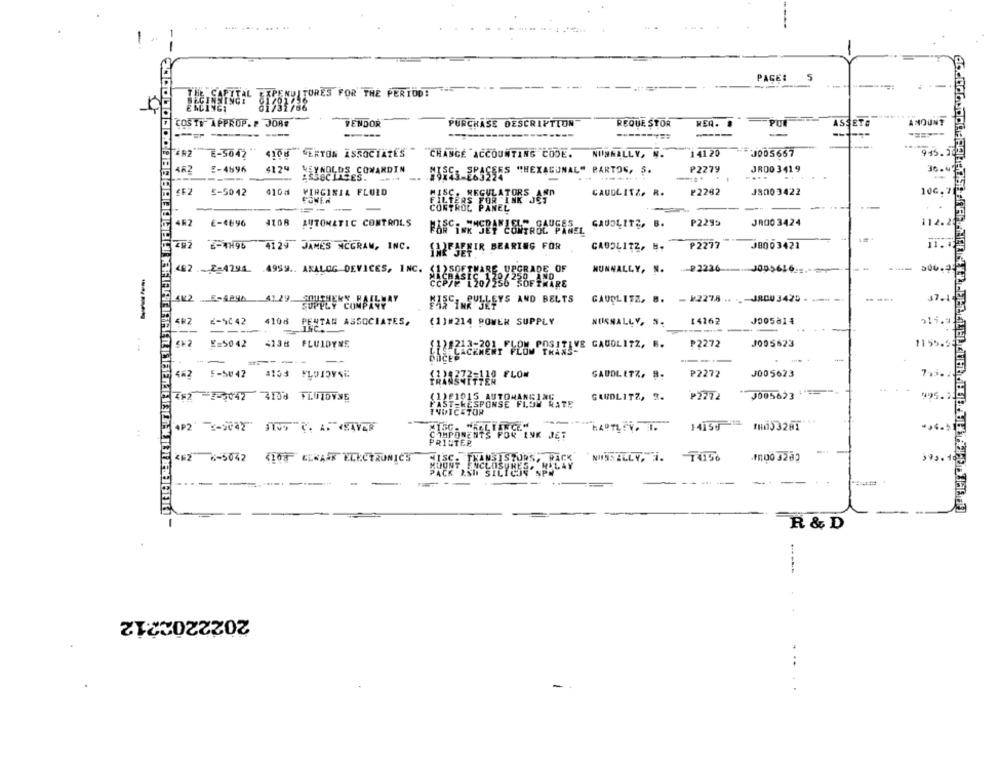
-
--
PAGE:
5
----
SICONELTURES FOR THE PERIOD!
1
COSIN APPROP. P JONG
VENDOR
REQUE STOR
PURCHASE DESCRIPTION
-----
-
62 E-5045 **
4108 VERTON ASSOCIATES " "CHANGE ACCOUNTING CODE.
NUNNALLY, N.
141 20
J005667
462 2-4596
4124
NEYNOLDS COWARDIN
₱2279
JR00 341 9
HARES SPASSES "HEXAGONAL" PARTOG, S.
...
----
-----
£E2 5-5042
410a
VIRGINIA FLULD
₽2282
J800 3422
CAUDLITZ. R.
-
----
4R2
JR00 3424
E-4896 4108 AUTOMATIC CONTROLS
GAU04172, 6.
₱2295
MERA CONTROL PANEL
₱2277
J8003421
Z82 2-7H90 4129 JAMES MCGRAW, INC.
LA2ESEFIR BEARING FOR
CABOLITZ, B.
492 -2-4791 4959. ANALOG DEVICES, INC.
NUNNALLY, N.
82236
--
GAUDLITZ, B. - 12278 .. .- J8003425 - --- -
SUPPLY COMPANY
FASCINPULLEYS AND BELTS
482 2-4042 4106 PENTAN ASSOCIATES,
(1)#214 POWER SUPPLY
14262
J005814
NUISNALLY, N.
E=5042 4138 FLUIDYNE
₱2272
J005623
S21212-201. FLOW POSITIVE GAUOLI72, B.
-
-
---
482 5-5042 #153 FLOIDYNC
GAUDLITZ. 8.
₽2272
J005623
1220272-110 FLOM
4#2 2-2042 4158 FLUTDYNE
(1)£1015 AUTOHANGING
GAUDLITZ, 3.
P2772
J005623
FAST RESPONSE FLOW RATE
INDICETOR
FLUG. "RELIANCEM
14150
COMPONENTS FOR INK JET
""INK JET
PRINTER
462 %-5042
4108 KLWAAK ELECTRONICS
NUNSILLY, 3. 74156
.1000 3282
MOUNT
--
--- -
-----
R & D
2022202212